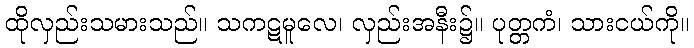
ထိုလှည်းသမားသည်။ သကဋမူလေ၊ လှည်းအနီး၌။ ပုတ္တကံ၊ သားငယ်ကို။